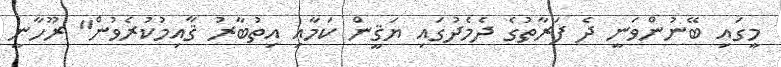
މީގައި ބޭނުންވަނީ ދެ ފަރާތުގެ ދެމެދުގައި ޔަޤީން ކަމާއި އިތުބާރު ޤާއިމުކުރެވުން" ރޫހާނީ